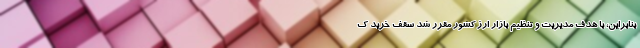
بنابراین، با هدف مدیریت و تنظیم بازار ارز کشور مقرر شد سقف خرید ک